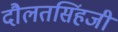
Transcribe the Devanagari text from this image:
दौलतसिंहजी